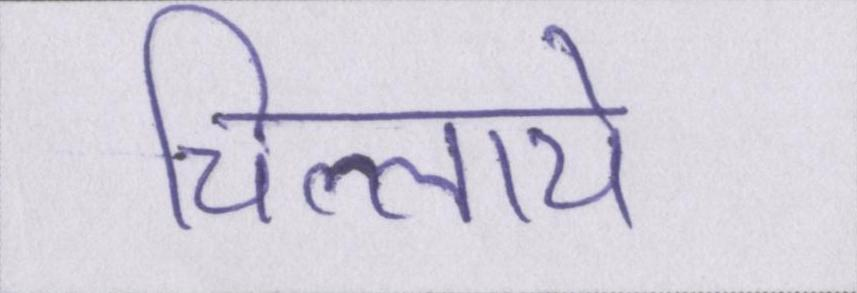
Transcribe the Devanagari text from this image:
चिल्लाये